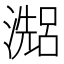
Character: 𤀗